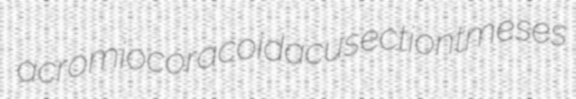
acromiocoracoid acusection tmeses